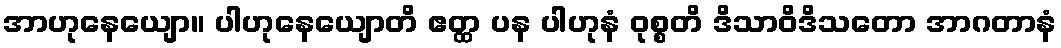
အာဟုနေယျော။ ပါဟုနေယျောတိ ဧတ္ထ ပန ပါဟုနံ ဝုစ္စတိ ဒိသာဝိဒိသတော အာဂတာနံ